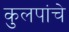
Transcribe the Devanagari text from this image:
कुलपांचे